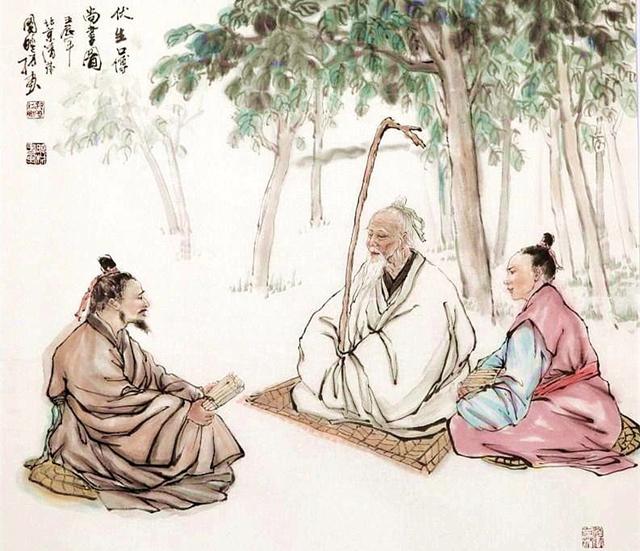
君子，不可以不修身。思修身，不可以不事亲。思事亲，不可以不知人。思知人，不可以不知天。